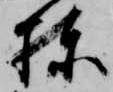
棟